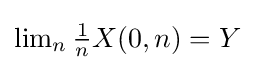
{\textstyle \lim _{n}{\frac {1}{n}}X(0,n)=Y}